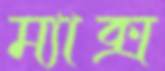
ম্যাক্স